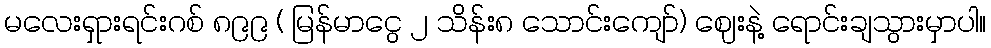
မလေးရှားရင်းဂစ် ၈၉၉ ( မြန်မာငွေ ၂ သိန်း၈ သောင်းကျော်) ဈေးနဲ့ ရောင်းချသွားမှာပါ။